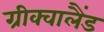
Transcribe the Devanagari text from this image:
ग्रीक्वालैंड